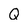
Character: Q